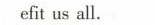
efit us all.